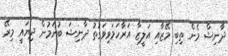
ދާނިޝް މެން ތިބި މޭޒާއި އަލީޒާ އަރާހަމަވިވަގުތު ދާނިޝަ ބުނަމުން ދިޔައީ މިރޭ